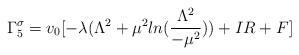
LaTeX: \begin{align*}\Gamma_5^{\sigma}= v_0[-\lambda( \Lambda^2 + \mu^2ln(\frac{\Lambda^2}{-\mu^2})) + IR+ F]\end{align*}